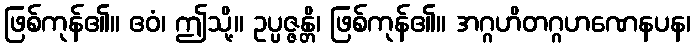
ဖြစ်ကုန်၏။ ဧဝံ၊ ဤသို့။ ဥပ္ပဇ္ဇန္တိ၊ ဖြစ်ကုန်၏။ အဂ္ဂဟိတဂ္ဂဟဏေနပန၊